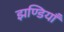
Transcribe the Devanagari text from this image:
झण्डियाँ